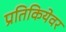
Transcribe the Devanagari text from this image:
प्रतिकियेवर